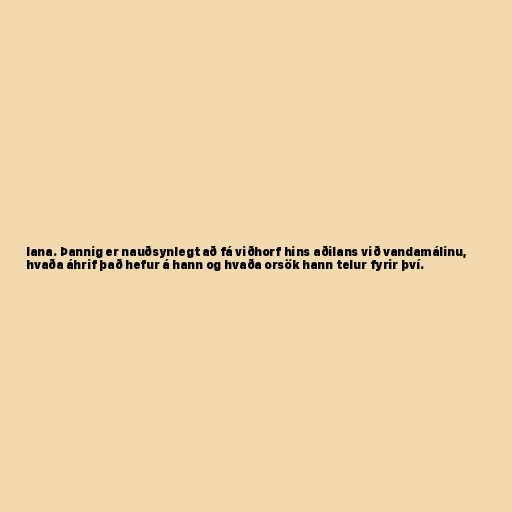
lana. Þannig er nauðsynlegt að fá viðhorf hins aðilans við vandamálinu,
hvaða áhrif það hefur á hann og hvaða orsök hann telur fyrir því.